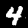
Label: 4